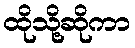
ထိုသို့ဆိုကာ